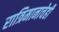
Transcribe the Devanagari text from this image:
रात्रिमानाचेही